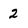
Character: 2